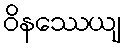
ဝိနဿေယျ